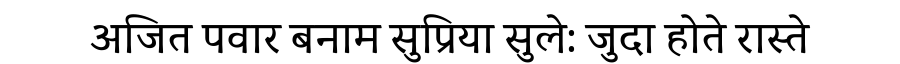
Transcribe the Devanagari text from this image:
अजित पवार बनाम सुप्रिया सुले: जुदा होते रास्ते